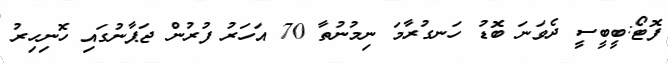
ފޮޓޯ:ބީބީސީ ދެވަނަ ބޮޑު ހަނގުރާމަ ނިމުނުތާ 70 އަހަރު ފުރުން ޖަޕާނުގައި ހޮނިހިރު